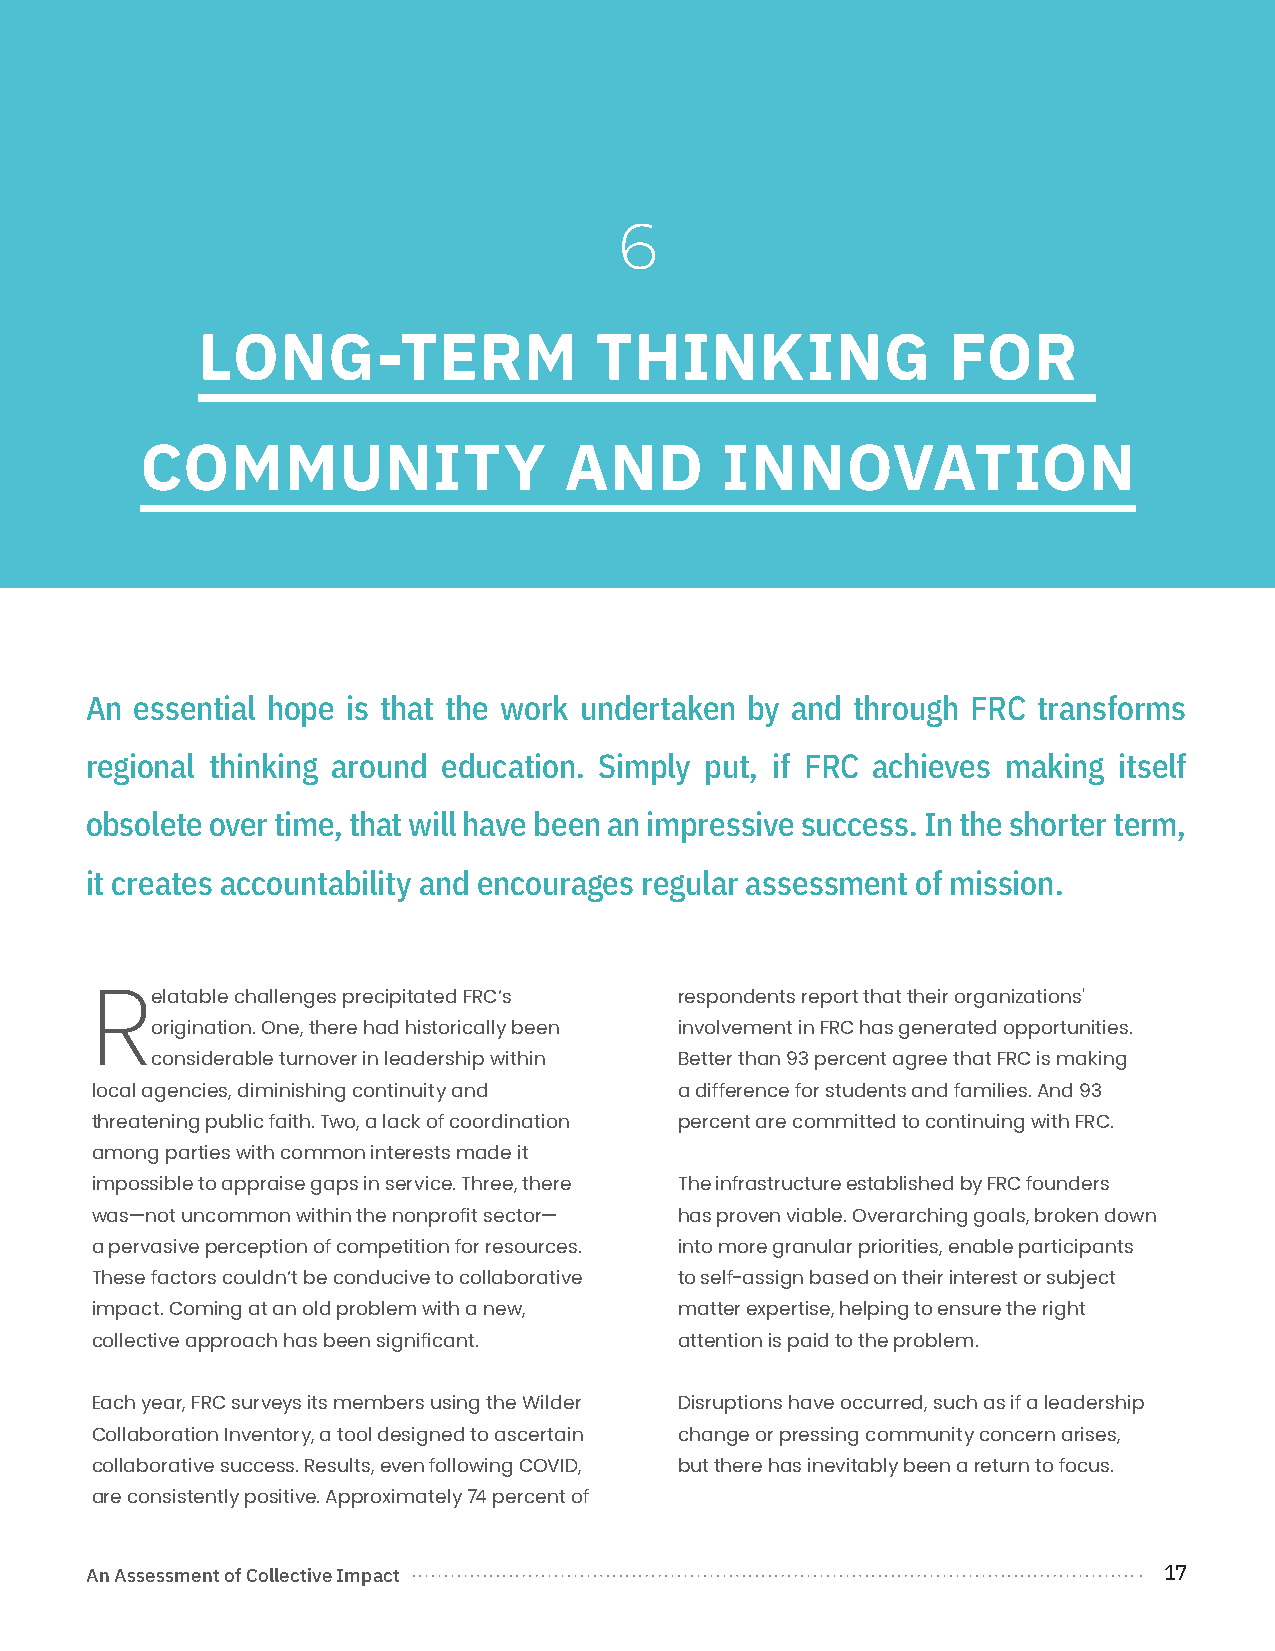
6
 LONG-TERM                 THINKING                FOR
 COMMUNITY                   AND        INNOVATION
 An essential hope is that the work undertaken by and through FRC transforms
 regional thinking around education. Simply put, if FRC achieves making itself
 obsolete over time, that will have been an impressive success. In the shorter term,
 it creates accountability and encourages regular assessment of mission.
 elatable challenges precipitated FRC’s respondents report that their organizations'
 R
 origination. One, there had historically been involvement in FRC has generated opportunities.
 considerable turnover in leadership within Better than 93 percent agree that FRC is making
 local agencies, diminishing continuity and a difference for students and families. And 93
 threatening public faith. Two, a lack of coordination percent are committed to continuing with FRC.
 among parties with common interests made it
 impossible to appraise gaps in service. Three, there The infrastructure established by FRC founders
 was—not uncommon within the nonprofit sector— has proven viable. Overarching goals, broken down
 a pervasive perception of competition for resources. into more granular priorities, enable participants
 These factors couldn’t be conducive to collaborative to self-assign based on their interest or subject
 impact. Coming at an old problem with a new, matter expertise, helping to ensure the right
 collective approach has been significant. attention is paid to the problem.
 Each year, FRC surveys its members using the Wilder Disruptions have occurred, such as if a leadership
 Collaboration Inventory, a tool designed to ascertain change or pressing community concern arises,
 collaborative success. Results, even following COVID, but there has inevitably been a return to focus.
 are consistently positive. Approximately 74 percent of
 An Assessment of Collective Impact                                     17